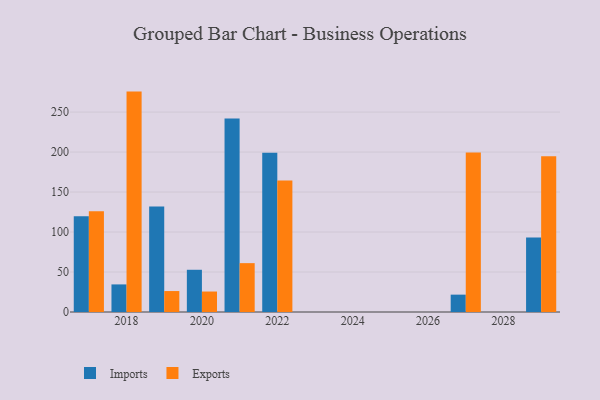
{"axis": {"x": "Year", "y": "Bounce Rate (%)"}, "legend": ["Exports", "Imports"], "data": [{"x": "2029", "y": 93.1, "type": "Imports"}, {"x": "2029", "y": 194.9, "type": "Exports"}, {"x": "2020", "y": 52.8, "type": "Imports"}, {"x": "2020", "y": 25.6, "type": "Exports"}, {"x": "2021", "y": 241.9, "type": "Imports"}, {"x": "2021", "y": 61.1, "type": "Exports"}, {"x": "2027", "y": 21.7, "type": "Imports"}, {"x": "2027", "y": 199.4, "type": "Exports"}, {"x": "2022", "y": 199.1, "type": "Imports"}, {"x": "2022", "y": 164.3, "type": "Exports"}, {"x": "2017", "y": 119.7, "type": "Imports"}, {"x": "2017", "y": 126.0, "type": "Exports"}, {"x": "2018", "y": 34.5, "type": "Imports"}, {"x": "2018", "y": 275.6, "type": "Exports"}, {"x": "2019", "y": 131.8, "type": "Imports"}, {"x": "2019", "y": 26.2, "type": "Exports"}]}